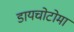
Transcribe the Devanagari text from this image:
डायचोटोमा